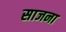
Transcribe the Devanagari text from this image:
साजना